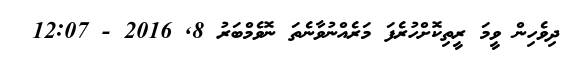
ދިވެހިން ވީމަ ރީތިކޮށްހުރެފަ މަރެއްނުވާނެތަ ނޮވެމްބަރު 8